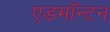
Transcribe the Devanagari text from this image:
एडमाॅन्टन